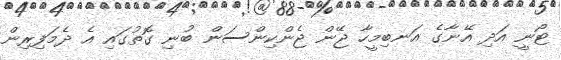
ޓޯނީ އަދި އޭނާގެ އަނބިމީހާ ޖޭން ޖެންކިންސަން ބުނި ގޮތުގައި އެ ދެމަފިރިން